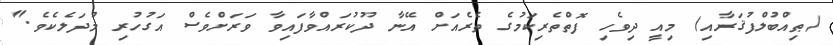
(ޠިއްބުލްފުޤަރާއި) މިއީ ދިވެހި ފޮތްތެރިކަމުގެ ތެރެއަށް އޭނާ ދޫކުރައްވާފައިވާ ވަރަށްވެސް އަގުހުރި މުދަލެކެވެ."